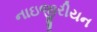
નાઇજીરીયન